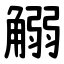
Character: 䚥